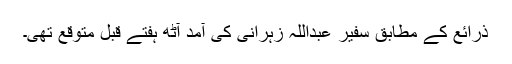
ذرائع کے مطابق سفیر عبداللہ زہرانی کی آمد آٹھ ہفتے قبل متوقع تھی۔